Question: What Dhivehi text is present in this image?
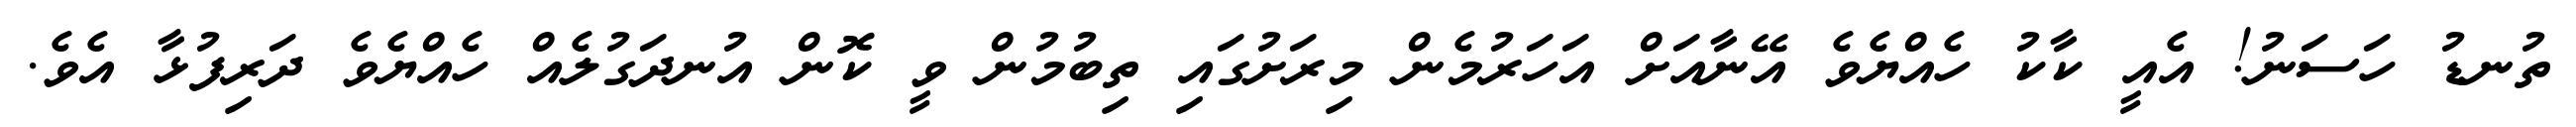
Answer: ތުނޑު ހަސަނު! އެއީ ކާކު ހެއްޔެވެ އޭނާއަށް އަހަރުމެން މިރަށުގައި ތިބުމުން ވީ ކޮން އުނދަގުލެއް ހެއްޔެވެ ދަރިފުޅާ އެވެ.